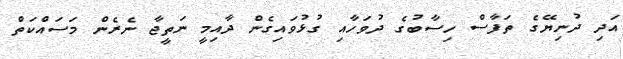
އަދި ދުނިޔޭގެ ތަފާސް ހިސާބުގެ ދުވަހާއި ގުޅުވައިގެން ދާއިމީ ނަތީޖާ ނެރެން މަސައްކަތް